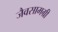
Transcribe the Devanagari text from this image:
जैवसामग्री